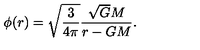
\phi ( r ) = \sqrt { \frac { 3 } { 4 \pi } } \frac { \sqrt { G } M } { r - G M } .